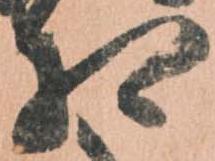
相